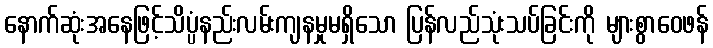
နောက်ဆုံးအနေဖြင့်သိပ္ပံနည်းလမ်းကျနမှုမရှိသော ပြန်လည်သုံးသပ်ခြင်းကို များစွာဝေဖန်